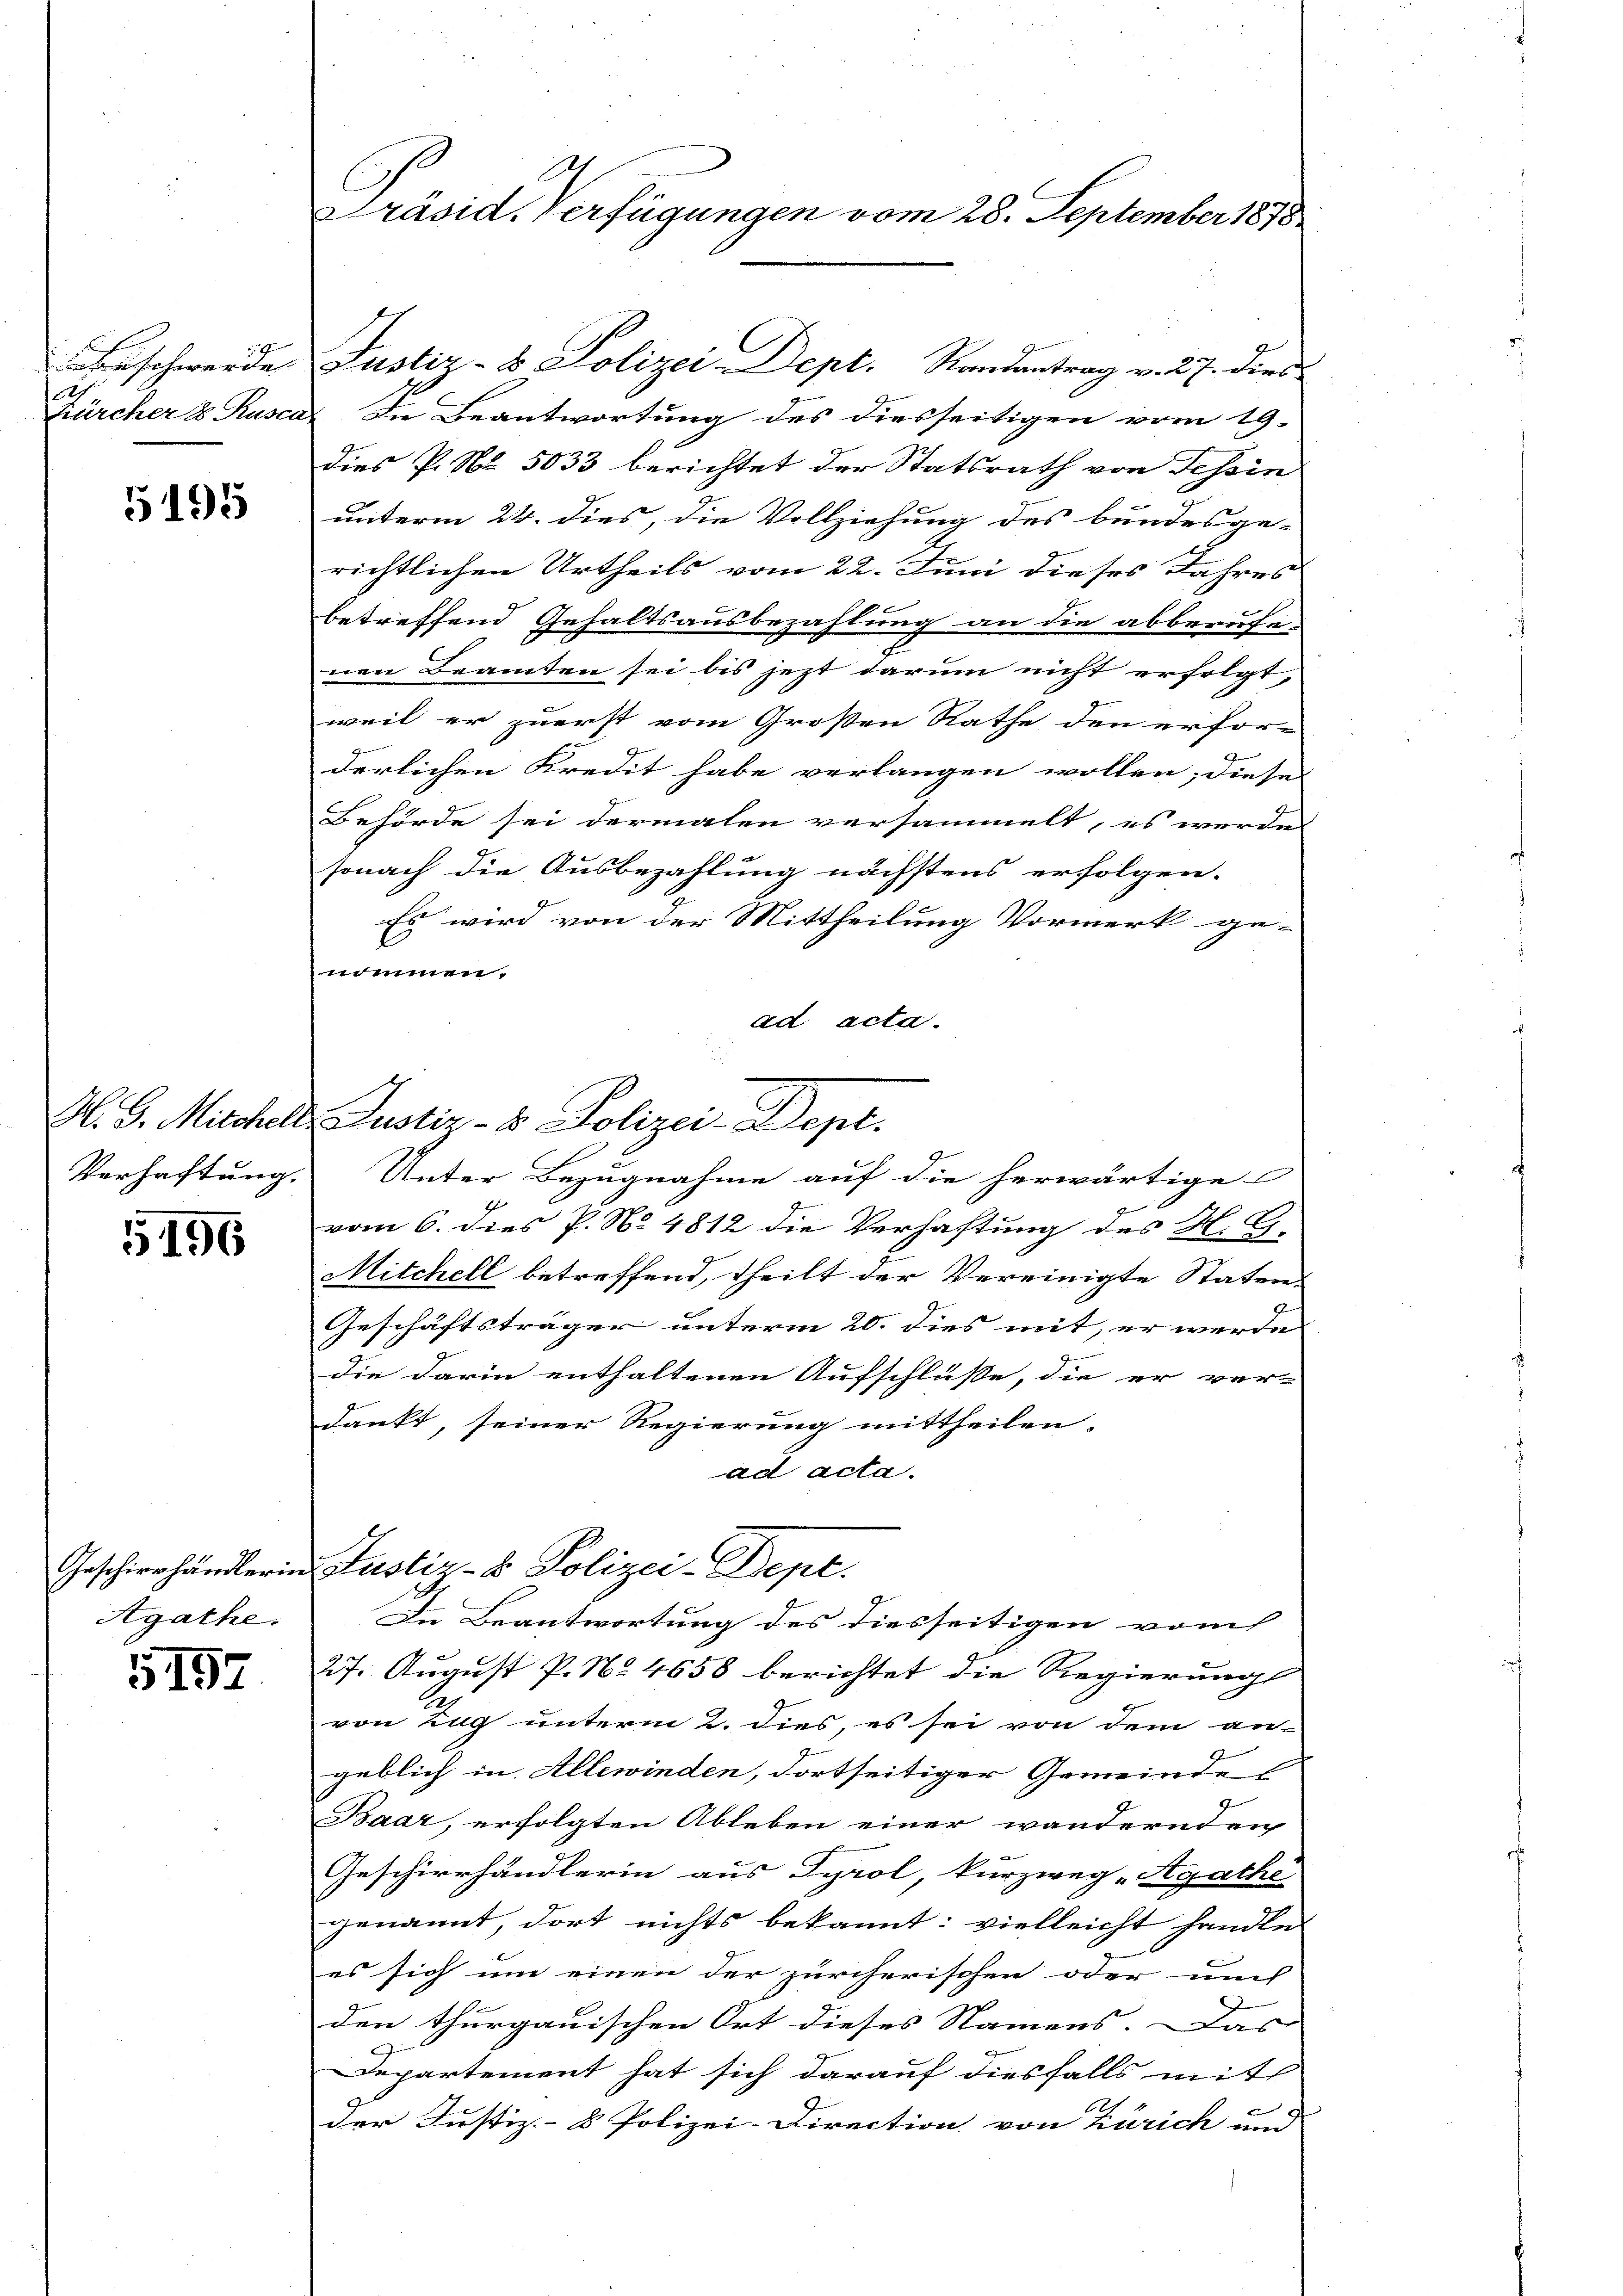
129

5195

1196

Agathe.

157

kürcher 8 Rusca. In Beantwortung des diesseitigen vom 19.
dies P. Nr. 5033 berichtet der Statsrath von Tessin
unterm 24. dies, die Vollziehung des bundesge-
richtlichen Urtheils vom 22. Juni dieses Jahres
betreffend Gehaltsausbezahlung an die abberufe
nen Beamten sei bis jezt darum nicht erfolgt,
weil er zuerst vom Großen Rathe den erfor-
derlichen Kredit habe verlangen wollen; diese
Behörde sei dermalen versammelt, es werde
sonach die Ausbezahlung nächstens erfolgen.
Es wird von der Mittheilung Vormerk ge-
nommen.
ad acta.
I.
vom 6. dies P. No 4812 die Verhaftung des H. G.
Mitchell betreffend, theilt der Vereinigte Staten-
Geschäftsträger unterm 20. dies mit, er werde |
die darin enthaltenen Aufschlüsse, die er ver-
dankt, seiner Regierung mittheilen,
ad acta.
Geschienhändlerin Justiz- & Polizei-Dept.
In Beantwortung des diesseitigen vom
27. August P. No 4658 berichtet die Regierungs
von Zug unterm 2. dies, es sei von dem an-
geblich in Allewinden, dortseitiger Gemeinde
Baar, erfolgten Ableben einer wandernden
Geschierhändlerin aus Tyrol, kurzweg Agathi
genannt, dort nichts bekannt: vielleicht handle
es sich um einen der zürcherischen oder und
den thurgauischen Ort dieses Namens. Das
Departement hat sich darauf diesfalls mit
60
der Justiz- & Polizei-Direction von Zürich und

Präsid. Verfügungen vom 28. September 1878

M. G. Mitchel Justiz- & Polizei-Dept.

schwerde Justiz- & Polizei Dept. Randantrag v. 27. dies

Verhaftung. Unter Bezugnahme auf die herwärtige